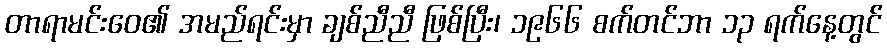
တာရာမင်းဝေ၏ အမည်ရင်းမှာ ချစ်ညီညီ ဖြစ်ပြီး၊ ၁၉၆၆ စက်တင်ဘာ ၁၃ ရက်နေ့တွင်